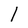
Character: l